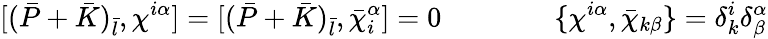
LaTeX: \lbrack(\bar{P}+\bar{K})_{\bar{l}},\chi^{i\alpha}\rbrack=\lbrack(\bar{P}+\bar{K})_{\bar{l}},\bar{\chi}_{i}^{\alpha}\rbrack=0\qquad\qquad\{ \chi^{i\alpha},\bar{\chi}_{k\beta}\} =\delta_{k}^{i}\delta_{\beta}^{\alpha}